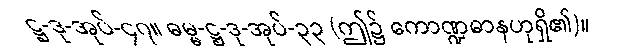
ဋ္ဌ-ဒု-အုပ်-၄၇။ ဓမ္မ-ဋ္ဌ-ဒု-အုပ်-၃၃ (ဤ၌ ကောဏ္ဍဓာနဟုရှိ၏)။